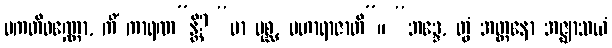
ပကတိဝဏ္ဏော, ကိံ ကာရဏ”န္တိ? “မာ ပုစ္ဆ, မဟာရာဇာတိ”။ “ဘဒ္ဒေ, တွံ အတ္တနော အဇ္ဈာသယံ